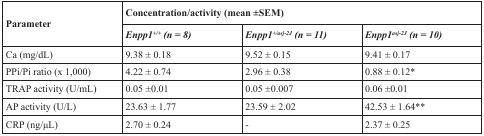
| <ROWSPAN=2> Parameter | <COLSPAN=3> Concentration/activity (mean ±SEM) |
 | Enpp1+/+(n = 8) | Enpp1+/asj-2J (n = 11) | Enpp1asj-2J (n = 10) |
 | --- | --- | --- | --- |
 | Ca (mg/dL) | 9.38 ± 0.18 | 9.52 ± 0.15 | 9.41 ± 0.17 |
 | PPi/Pi ratio (x 1,000) | 4.22 ± 0.74 | 2.96 ± 0.38 | 0.88 ± 0.12* |
 | TRAP activity (U/mL) | 0.05 ±0.01 | 0.05 ±0.007 | 0.06 ±0.01 |
 | AP activity (U/L) | 23.63 ± 1.77 | 23.59 ± 2.02 | 42.53 ± 1.64** |
 | CRP (ng/μL) | 2.70 ± 0.24 | - | 2.37 ± 0.25 |